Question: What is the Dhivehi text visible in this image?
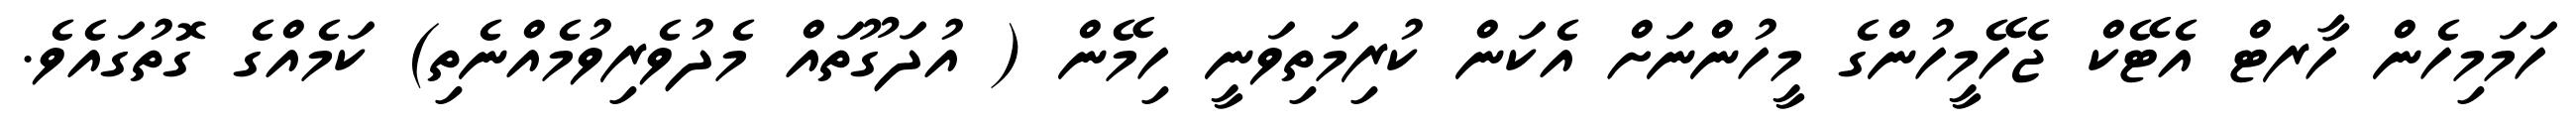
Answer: ހަމަމިހެން ހާރޓް އެޓޭކް ޖެހޭމީހުންގެ މީހުންނަށް އެކަން ކުރިމަތިވަނީ ހިމޭން ( އުދަގޫތައް މެދުވެރިވުމެއްނެތި) ކަމެއްގެ ގޮތުގައެވެ.